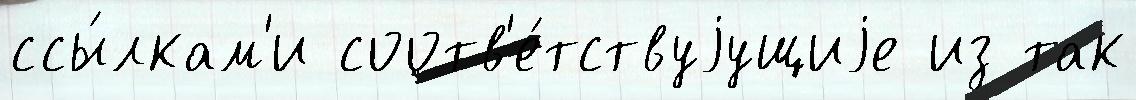
ссы́лкам'и соотв'е́тствуjущиjе из так